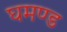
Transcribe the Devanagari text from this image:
घमण्‍ड